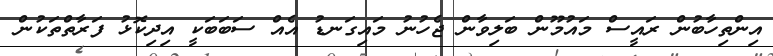
އިންތިހާބުން ރައީސް މައުމޫން ބަލިވާން ޖެހުނު މައިގަނޑު އެއް ސަބަބަކީ އިދިކޮޅު ފަރާތްތަކުން